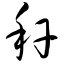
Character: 秆